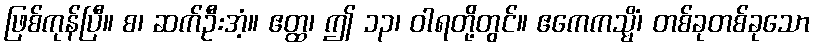
ဖြစ်ကုန်ပြီ။ စ၊ ဆက်ဦးအံ့။ ဧတ္ထ၊ ဤ ၁၃၊ ဝါရတို့တွင်။ ဧကေကသ္မိံ၊ တစ်ခုတစ်ခုသော